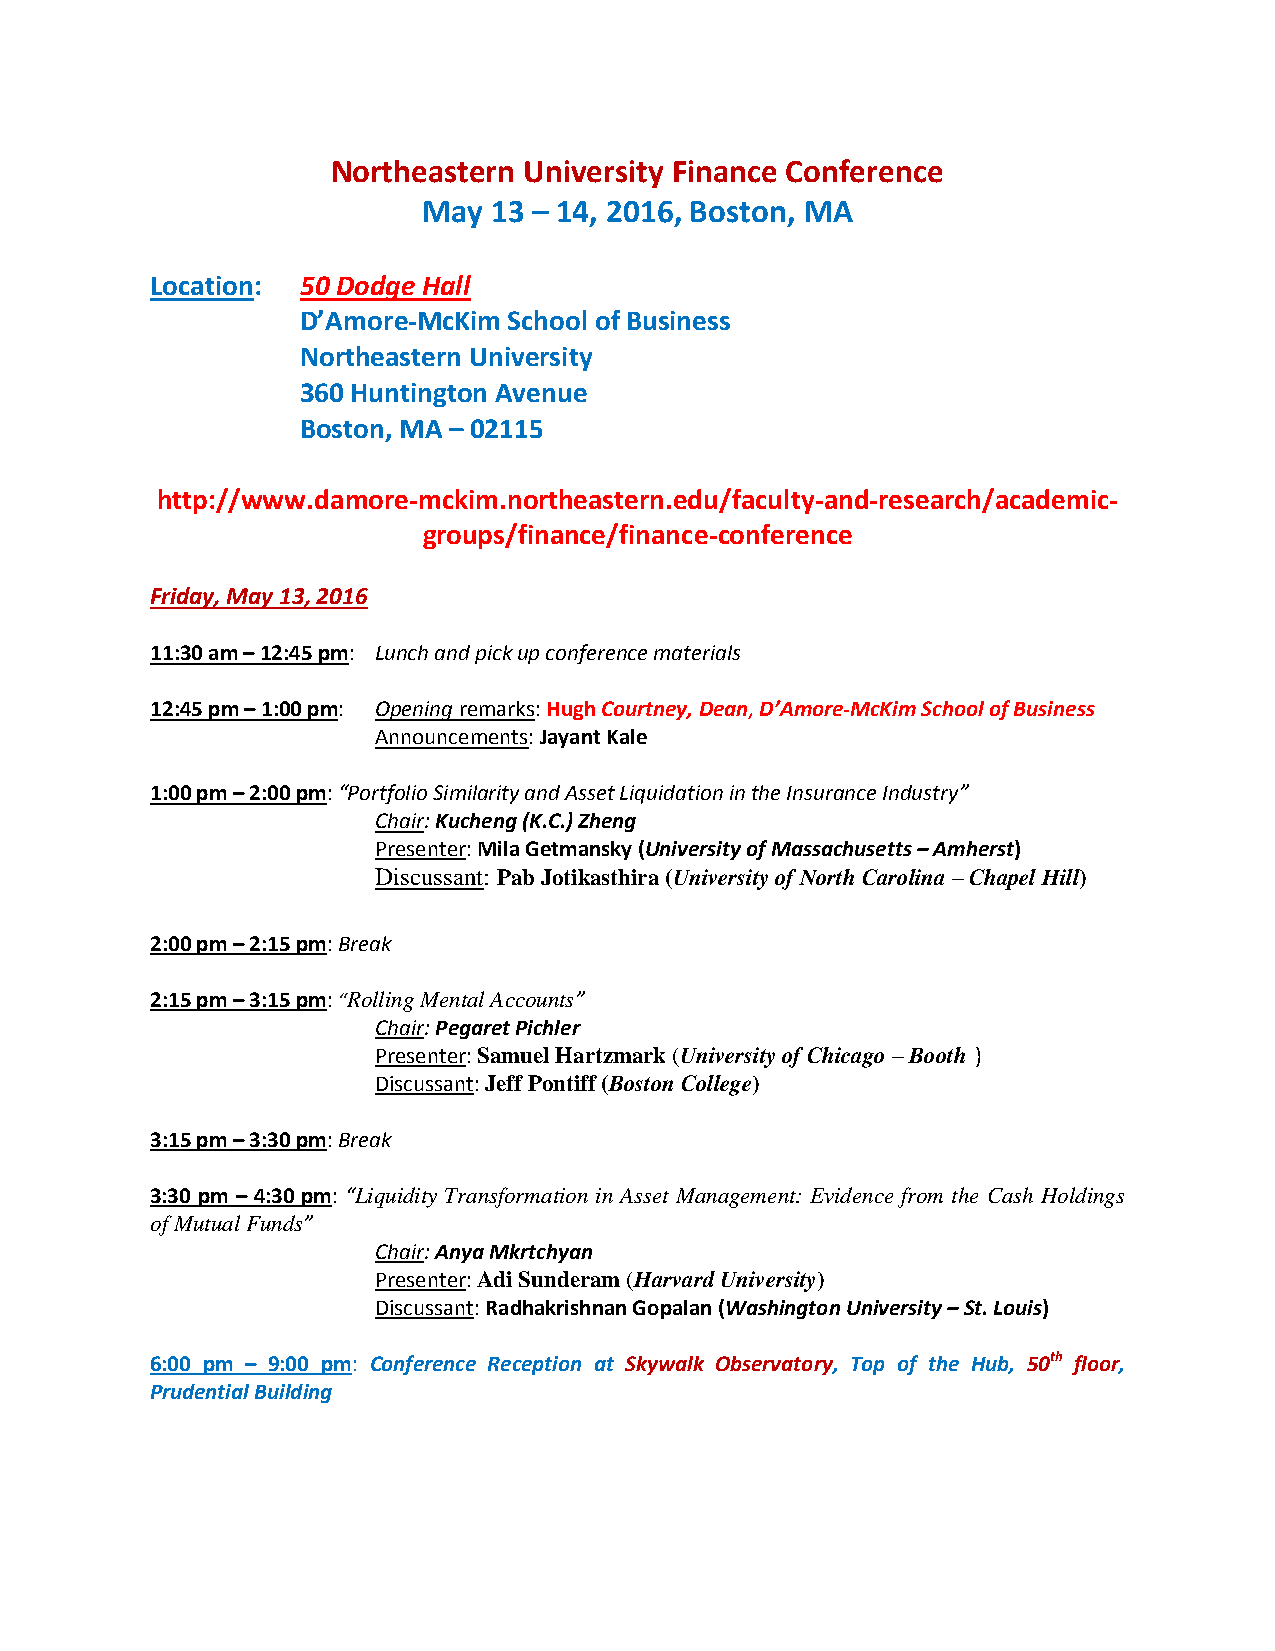
Northeastern University Finance Conference
 May 13 – 14, 2016, Boston, MA
 Location: 50 Dodge Hall
 D’Amore-McKim School of Business
 Northeastern University
 360 Huntington Avenue
 Boston, MA – 02115
 http://www.damore-mckim.northeastern.edu/faculty-and-research/academic-
 groups/finance/finance-conference
 Friday, May 13, 2016
 11:30 am – 12:45 pm: Lunch and pick up conference materials
 12:45 pm – 1:00 pm: Opening remarks: Hugh Courtney, Dean, D’Amore-McKim School of Business
 Announcements: Jayant Kale
 1:00 pm – 2:00 pm: “Portfolio Similarity and Asset Liquidation in the Insurance Industry”
 Chair: Kucheng (K.C.) Zheng
 Presenter: Mila Getmansky (University of Massachusetts – Amherst)
 Discussant: Pab Jotikasthira (University of North Carolina – Chapel Hill)
 2:00 pm – 2:15 pm: Break
 2:15 pm – 3:15 pm: “Rolling Mental Accounts”
 Chair: Pegaret Pichler
 Presenter: Samuel Hartzmark (University of Chicago – Booth )
 Discussant: Jeff Pontiff (Boston College)
 3:15 pm – 3:30 pm: Break
 3:30 pm – 4:30 pm: “Liquidity Transformation in Asset Management: Evidence from the Cash Holdings
 of Mutual Funds”
 Chair: Anya Mkrtchyan
 Presenter: Adi Sunderam (Harvard University)
 Discussant: Radhakrishnan Gopalan (Washington University – St. Louis)
 6:00 pm – 9:00 pm: Conference Reception at Skywalk Observatory, Top of the Hub, 50th floor,
 Prudential Building